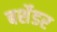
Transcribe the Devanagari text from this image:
बर्शेडर